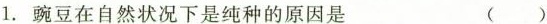
1.豌豆在自然状况下是纯种的原因是 ( )